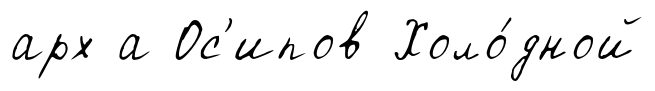
арх а Ос'ипов Холо́дной